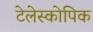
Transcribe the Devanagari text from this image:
टेलेस्कोपिक